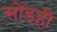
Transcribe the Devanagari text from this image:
सोंडही